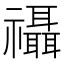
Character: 𮂨